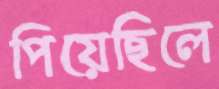
পিয়েছিলে